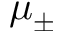
\mu _ { \pm }